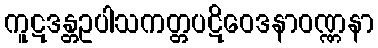
ကူဋဒန္တဥပါသကတ္တပဋိဝေဒနာဝဏ္ဏနာ